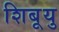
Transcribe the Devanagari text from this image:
शिबूयु